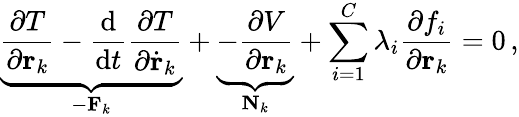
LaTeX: \underbrace{{\frac{\partial T}{\partial\mathbf{r}_{k}}}-{\frac{\mathrm{d}}{\mathrm{d}t}}{\frac{\partial T}{\partial{\dot{\mathbf{r}}}_{k}}}}_{-\mathbf{F}_{k}}+\underbrace{-{\frac{\partial V}{\partial\mathbf{r}_{k}}}}_{\mathbf{N}_{k}}+\sum_{i=1}^{C}\lambda_{i}{\frac{\partial f_{i}}{\partial\mathbf{r}_{k}}}=0\, ,